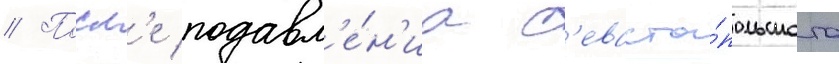
// Посл'е подавл'е́н'иа с'евасто́польского